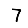
Digit: 7